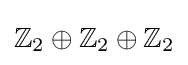
\mathbb {Z} _{2}\oplus \mathbb {Z} _{2}\oplus \mathbb {Z} _{2}